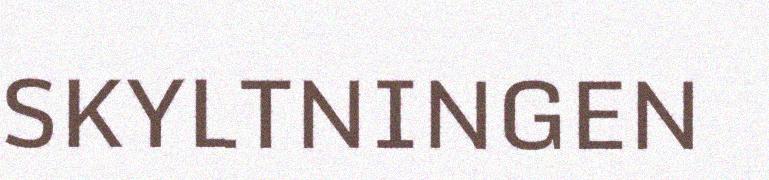
SKYLTNINGEN